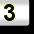
Digit: 3